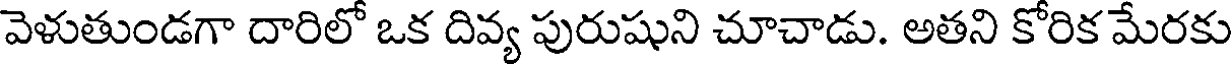
వెళుతుండగా దారిలో ఒక దివ్య పురుషుని చూచాడు. అతని కోరిక మేరకు